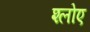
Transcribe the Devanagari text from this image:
श्लोए